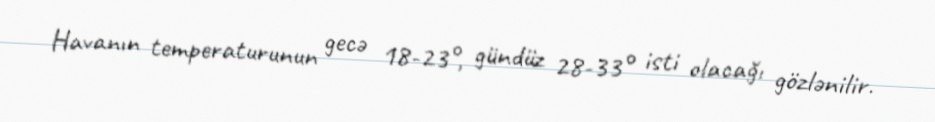
Havanın temperaturunun gecə 18-23°, gündüz 28-33° isti olacağı gözlənilir.